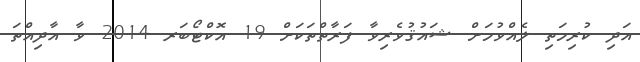
އަދި ކުރިމަތި ލެއްވުމަށް ޝައުޤުވެރިވާ ފަރާތްތަކަށް 19 އޮކްޓޯބަރ 2014 ވާ އާދިއްތަ